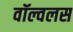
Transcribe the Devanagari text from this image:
वॉल्वलस